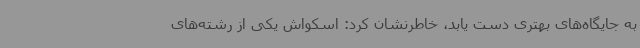
به جایگاه‌های بهتری دست یابد، خاطرنشان کرد: اسکواش یکی از رشته‌های